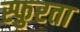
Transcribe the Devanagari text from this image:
स्फुरता